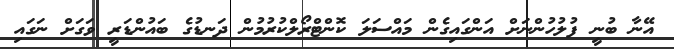
އޭނާ ބުނީ ފުލުހުންނަށް އަންގައިގެން މައްސަލަ ކޮންޓްރޯލްކުރުމުން ދަނޑުގެ ބައުންޑަރީ ވަގަށް ނަގައި